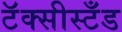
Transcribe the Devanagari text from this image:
टॅक्सीस्टँड